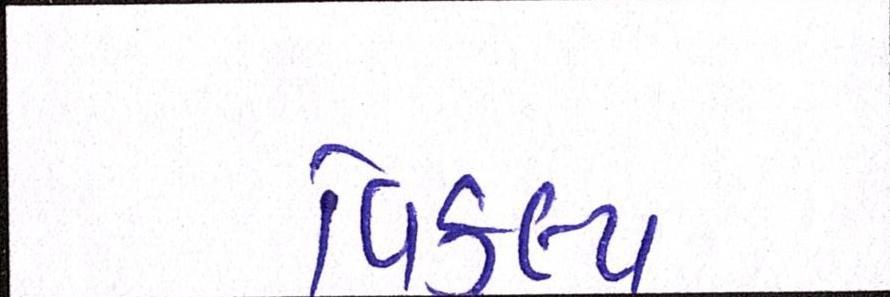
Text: વિકલ્પ